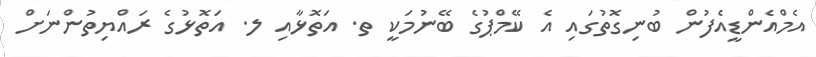
އެމްއެންޑީއެފުން ބުނިގޮތުގައި އެ ކޭމްޕުގެ ބޭނުމަކީ ތ. އަތޮޅާއި ލ. އަތޮޅުގެ ރައްޔިތުންނަށް